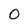
Character: 0